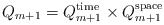
\begin{align*} Q_{m+1}=Q_{m+1}^{\textnormal{time}}\times Q_{m+1}^{\textnormal{space}}\end{align*}